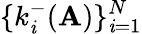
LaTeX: \{ k_{\mathit{i}}^{-}(\mathbf{{A}})\} _{\mathit{i}=1}^{N}